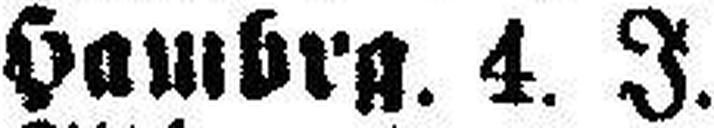
Hambrg. 4. J.